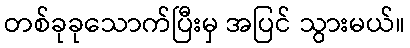
တစ်ခုခုသောက်ပြီးမှ အပြင် သွားမယ်။